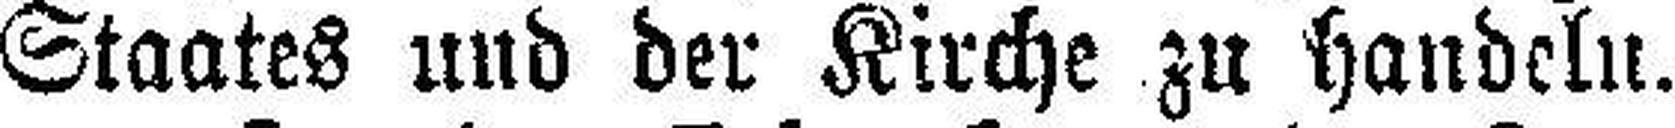
Staates und der Kirche zu handeln.